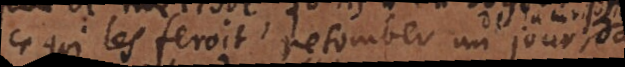
ce qui les feroit retomber un jour